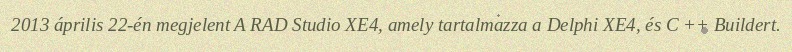
2013 április 22-én megjelent A RAD Studio XE4, amely tartalmazza a Delphi XE4, és C ++ Buildert.